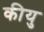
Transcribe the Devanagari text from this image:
कीयु